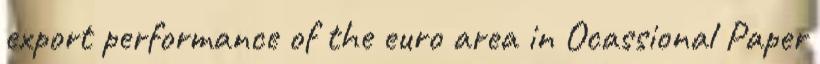
export performance of the euro area in Ocassional Paper